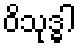
ဝိသုဒ္ဓါ